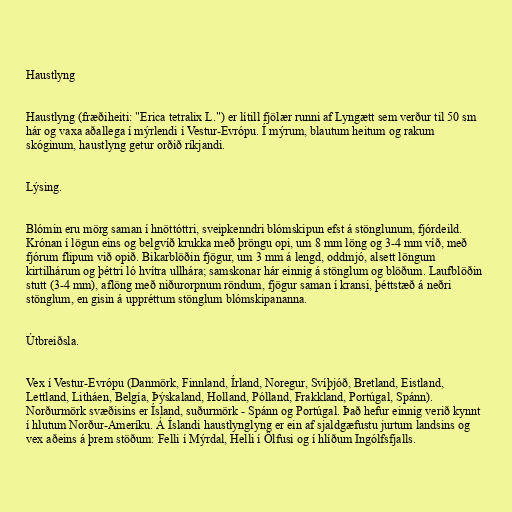
Haustlyng

Haustlyng (fræðiheiti: "Erica tetralix L.") er lítill fjölær runni af Lyngætt sem verður til 50 sm
hár og vaxa aðallega í mýrlendi í Vestur-Evrópu. Í mýrum, blautum heitum og rakum
skóginum, haustlyng getur orðið ríkjandi.

Lýsing.

Blómin eru mörg saman í hnöttóttri, sveipkenndri blómskipun efst á stönglunum, fjórdeild.
Krónan í lögun eins og belgvíð krukka með þröngu opi, um 8 mm löng og 3-4 mm víð, með
fjórum flipum við opið. Bikarblöðin fjögur, um 3 mm á lengd, oddmjó, alsett löngum
kirtilhárum og þéttri ló hvítra ullhára; samskonar hár einnig á stönglum og blöðum. Laufblöðin
stutt (3-4 mm), aflöng með niðurorpnum röndum, fjögur saman í kransi, þéttstæð á neðri
stönglum, en gisin á uppréttum stönglum blómskipananna.

Útbreiðsla.

Vex í Vestur-Evrópu (Danmörk, Finnland, Írland, Noregur, Svíþjóð, Bretland, Eistland,
Lettland, Litháen, Belgía, Þýskaland, Holland, Pólland, Frakkland, Portúgal, Spánn).
Norðurmörk svæðisins er Ísland, suðurmörk - Spánn og Portúgal. Það hefur einnig verið kynnt
í hlutum Norður-Ameríku. Á Íslandi haustlynglyng er ein af sjaldgæfustu jurtum landsins og
vex aðeins á þrem stöðum: Felli í Mýrdal, Helli í Ölfusi og í hlíðum Ingólfsfjalls.